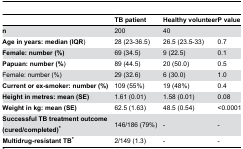
<table><thead><tr><td></td><td><b>TB patient</b></td><td><b>Healthy volunteer</b></td><td><b>P value</b></td></tr></thead><tbody><tr><td><b>n</b></td><td>200</td><td>40</td><td></td></tr><tr><td><b>Age in years: median (IQR</b>) </td><td>28 (23-36.5)</td><td>26.5 (23.5-33)</td><td>0.7</td></tr><tr><td><b>Female: number (%)</b></td><td>69 (34.5)</td><td>9 (22.5)</td><td>0.1</td></tr><tr><td><b>Papuan: number (%</b>) </td><td>89 (44.5) </td><td>20 (50.0)</td><td>0.5</td></tr><tr><td>Female: number (%)</td><td>29 (32.6) </td><td>6 (30.0)</td><td>1.0</td></tr><tr><td><b>Current or ex-smoker: number (%)</b></td><td>109 (55%)</td><td>19 (48%)</td><td>0.4</td></tr><tr><td><b>Height in metres: mean (SE)</b></td><td>1.61 (0.01)</td><td>1.58 (0.01)</td><td>0.08</td></tr><tr><td><b>Weight in kg: mean (SE)</b></td><td>62.5 (1.63)</td><td>48.5 (0.54)</td><td>&lt;0.0001</td></tr><tr><td><b>Successful TB treatment outcome (cured/completed)*</b></td><td>146/186 (79%)</td><td>-</td><td>-</td></tr><tr><td><b>Multidrug-resistant TB*</b></td><td>2/149 (1.3)</td><td>-</td><td>-</td></tr></tbody></table>